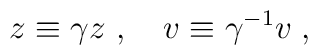
z\equiv \gamma z\ ,\ \ \  v\equiv \gamma^{-1} v\;,